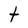
Character: t